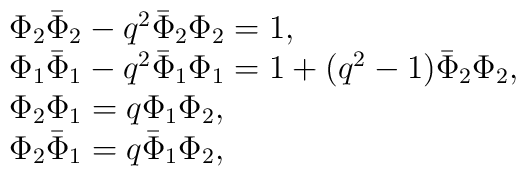
\begin{array}{l}\Phi_{2}\bar{\Phi}_{2}-q^{2}\bar{\Phi}_{2}\Phi_{2}=1,\\\Phi_{1}\bar{\Phi}_{1}-q^{2}\bar{\Phi}_{1}\Phi_{1}=1+(q^{2}-1)\bar{\Phi}_{2}\Phi_{2},\\\Phi_{2}\Phi_{1}=q\Phi_{1}\Phi_{2},\\\Phi_{2}\bar{\Phi}_{1}=q\bar{\Phi}_{1}\Phi_{2},\end{array}